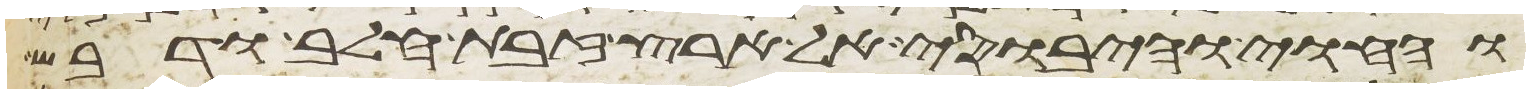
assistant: והחוי והיבוסי אל ארץ זבת חלב ודבש